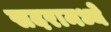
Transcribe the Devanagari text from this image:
सदरामध्ये